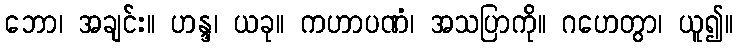
ဘော၊ အချင်း။ ဟန္ဒ၊ ယခု။ ကဟာပဏံ၊ အသပြာကို။ ဂဟေတွာ၊ ယူ၍။